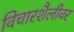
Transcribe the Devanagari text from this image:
विचारशैलीवर